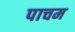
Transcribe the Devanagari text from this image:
पाचम